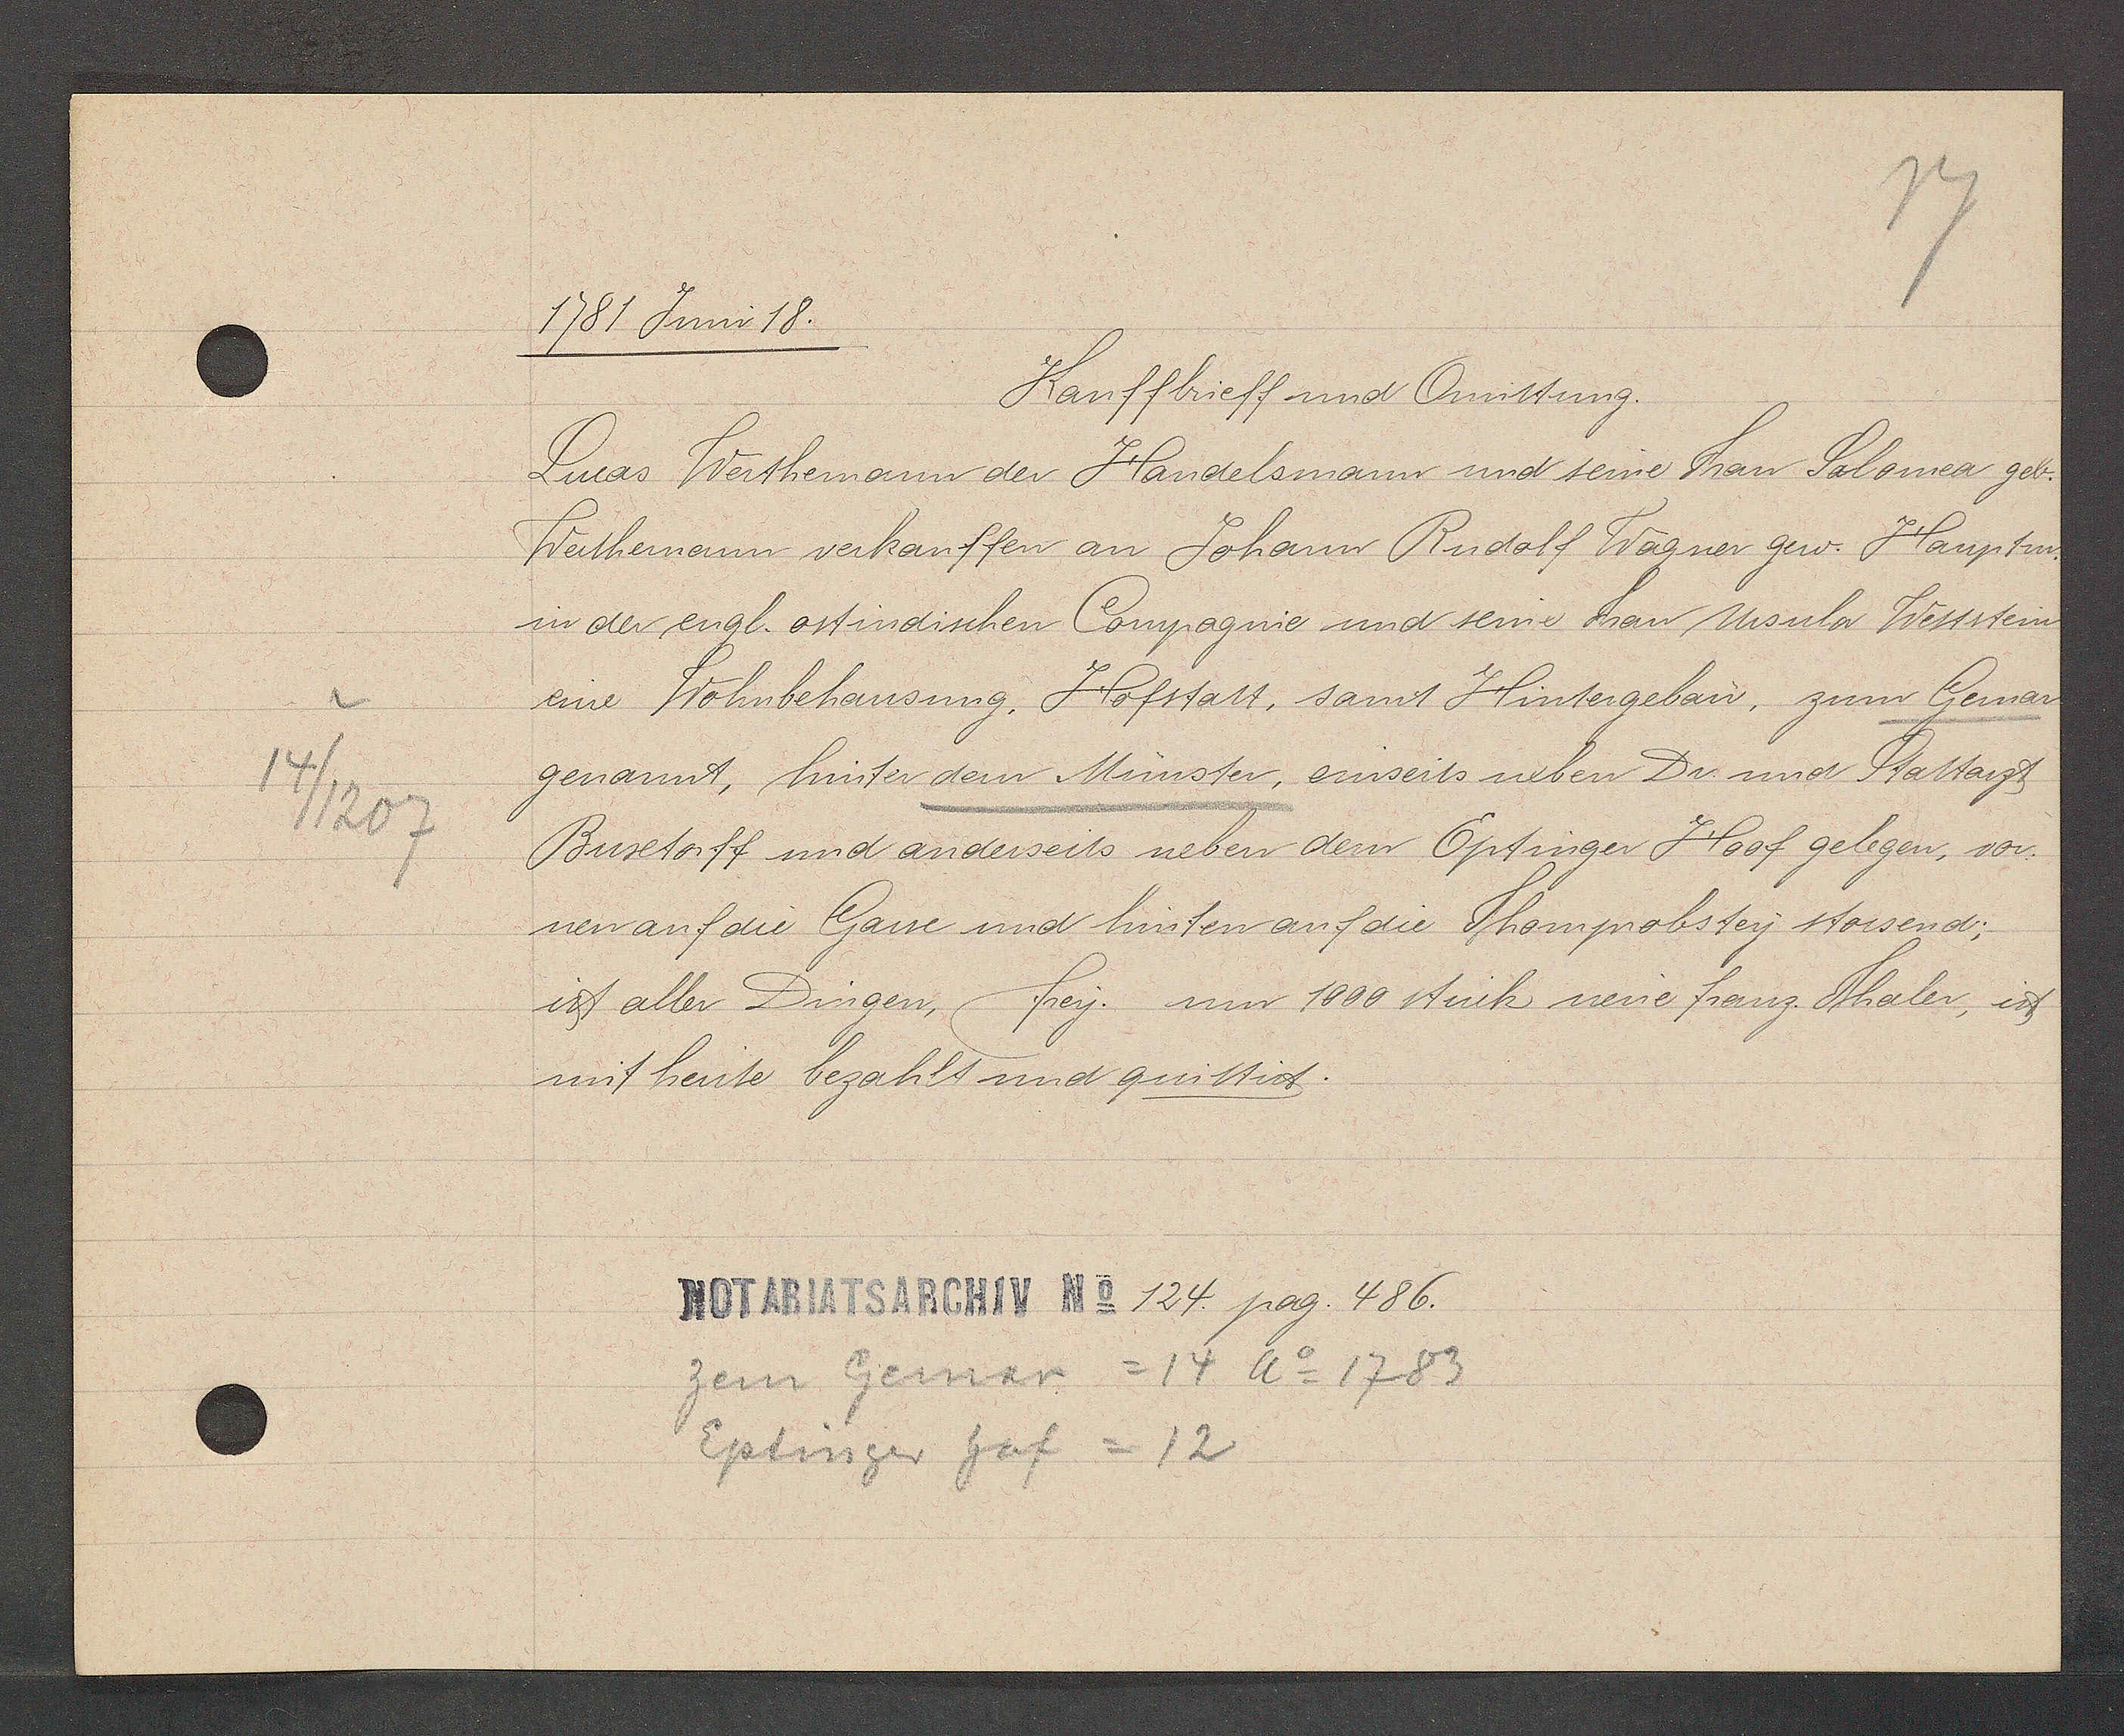
Transcript:
14/207

1781 Juni 18.

Kauffbrieff und Quittung.
Lucas Werthemann der Handelsmann und seine Frau Salomea geb.
Werthemann verkauffen an Johann Rudolf Wagner gew Hauptm.
in der engl. ostindischen Compagnie und seine Frau Ursula Wettstein
eine Wohnbehausung, Hofstatt, samt Hintergebau, zum Gemar
genannt, hinter dem Münster, einseits neben Dr. und Stattarzt
Busetorff und anderseits neben dem Eptinger Hoof gelegen, vor
nen auf die Gasse und hinten auf die Thomprobstey stossend;
ist aller Dingen, frey. um 1000 stück neue franz Thaler, ist
mit heute bezahlt und quittirt.

Notariatsarchiv No 124. pag. 486.

zem Gernar = 14 Ao 1783
Eptinger hof = 12